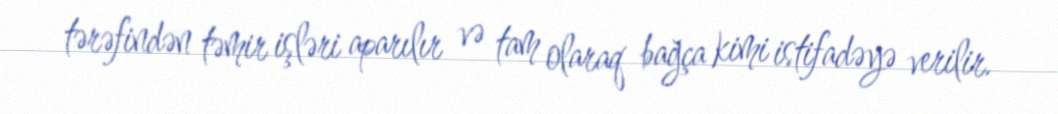
tərəfindən təmir işləri aparılır və tam olaraq bağça kimi istifadəyə verilir.